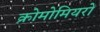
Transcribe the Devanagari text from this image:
क्रोमोमियरों